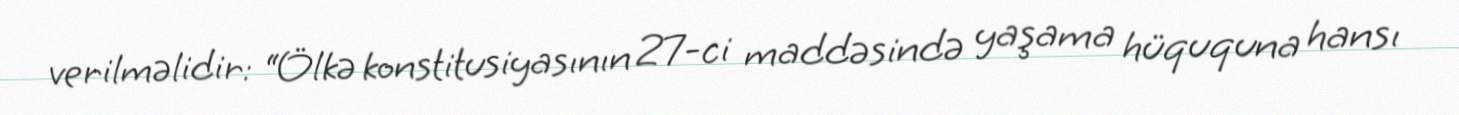
verilməlidir: “Ölkə konstitusiyasının 27-ci maddəsində yaşama hüququna hansı